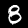
Digit: 8